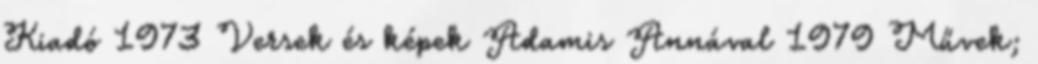
Kiadó 1973 Versek és képek Adamis Annával 1979 Művek;